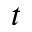
t